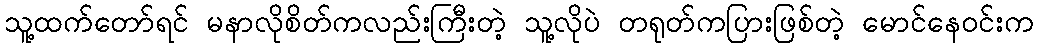
သူ့ထက်တော်ရင် မနာလိုစိတ်ကလည်းကြီးတဲ့ သူ့လိုပဲ တရုတ်ကပြားဖြစ်တဲ့ မောင်နေဝင်းက